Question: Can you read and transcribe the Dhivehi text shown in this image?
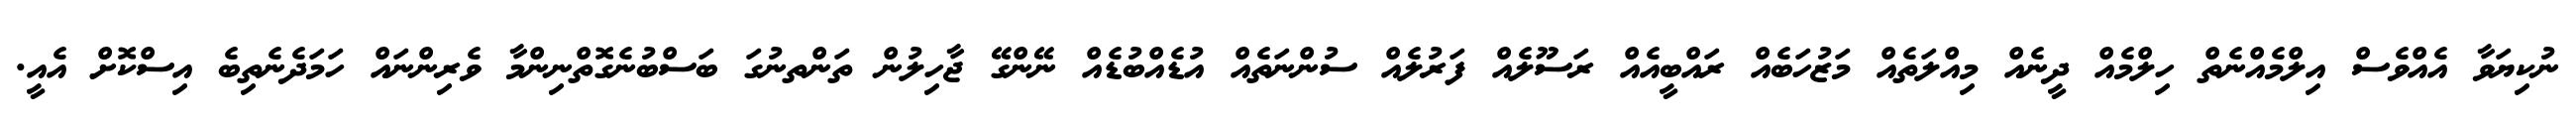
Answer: ނުކިޔަވާ އެއްވެސް އިލްމެއްނެތް ހިލްމެއް ދީނެއް މިއްލަތެއް މަޒުހަބެއް ރައްބީއެއް ރަސޫލެއް ފަރުލެއް ސުންނަތެއް އުޑެއްބުޑެއް ނޭންގޭ ޖާހިލުން ތަންތނުގަ ބަސްބުނެގޮތްނިންމާ ވެރިންނައް ހަމަދެނެތިބެ އިސްކޮށް އެއީ.